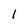
Character: 1